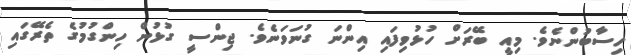
ހިސާބުންނެވެ. މިއީ ބޭރަށް ހުޅުވިފައި އިންނަ ގުނަވަނެވެ. ޖިންސީ ގުޅުން ހިންގުމުގެ ތެރޭގައި